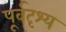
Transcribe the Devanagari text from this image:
पूर्वदृश्य